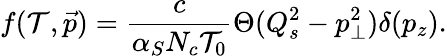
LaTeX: f(\mathcal{T},\vec{{p}})=\frac{{c}}{{\alpha_{S}N_{c}\mathcal{T}_{0}}}\Theta(Q_{s}^{2}-p_{\bot}^{2})\delta(p_{z}).